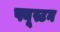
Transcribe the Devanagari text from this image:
फ्यूस्टन